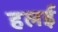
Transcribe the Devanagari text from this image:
हलई